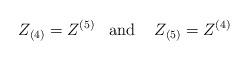
LaTeX: \begin{align*}Z_{(4)} = Z^{(5)}\;\;\;\mbox{and }\;\;\; Z_{(5)}= Z^{(4)} \end{align*}